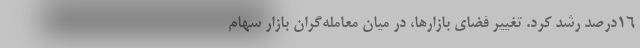
۱۶درصد رشد کرد. تغییر فضای بازارها، در میان معامله‌گران بازار سهام